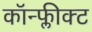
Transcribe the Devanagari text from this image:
कॉन्फ्लीक्ट